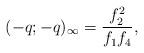
LaTeX: \begin{align*}(-q;-q)_\infty=\dfrac{f_2^2}{f_1f_4},\end{align*}